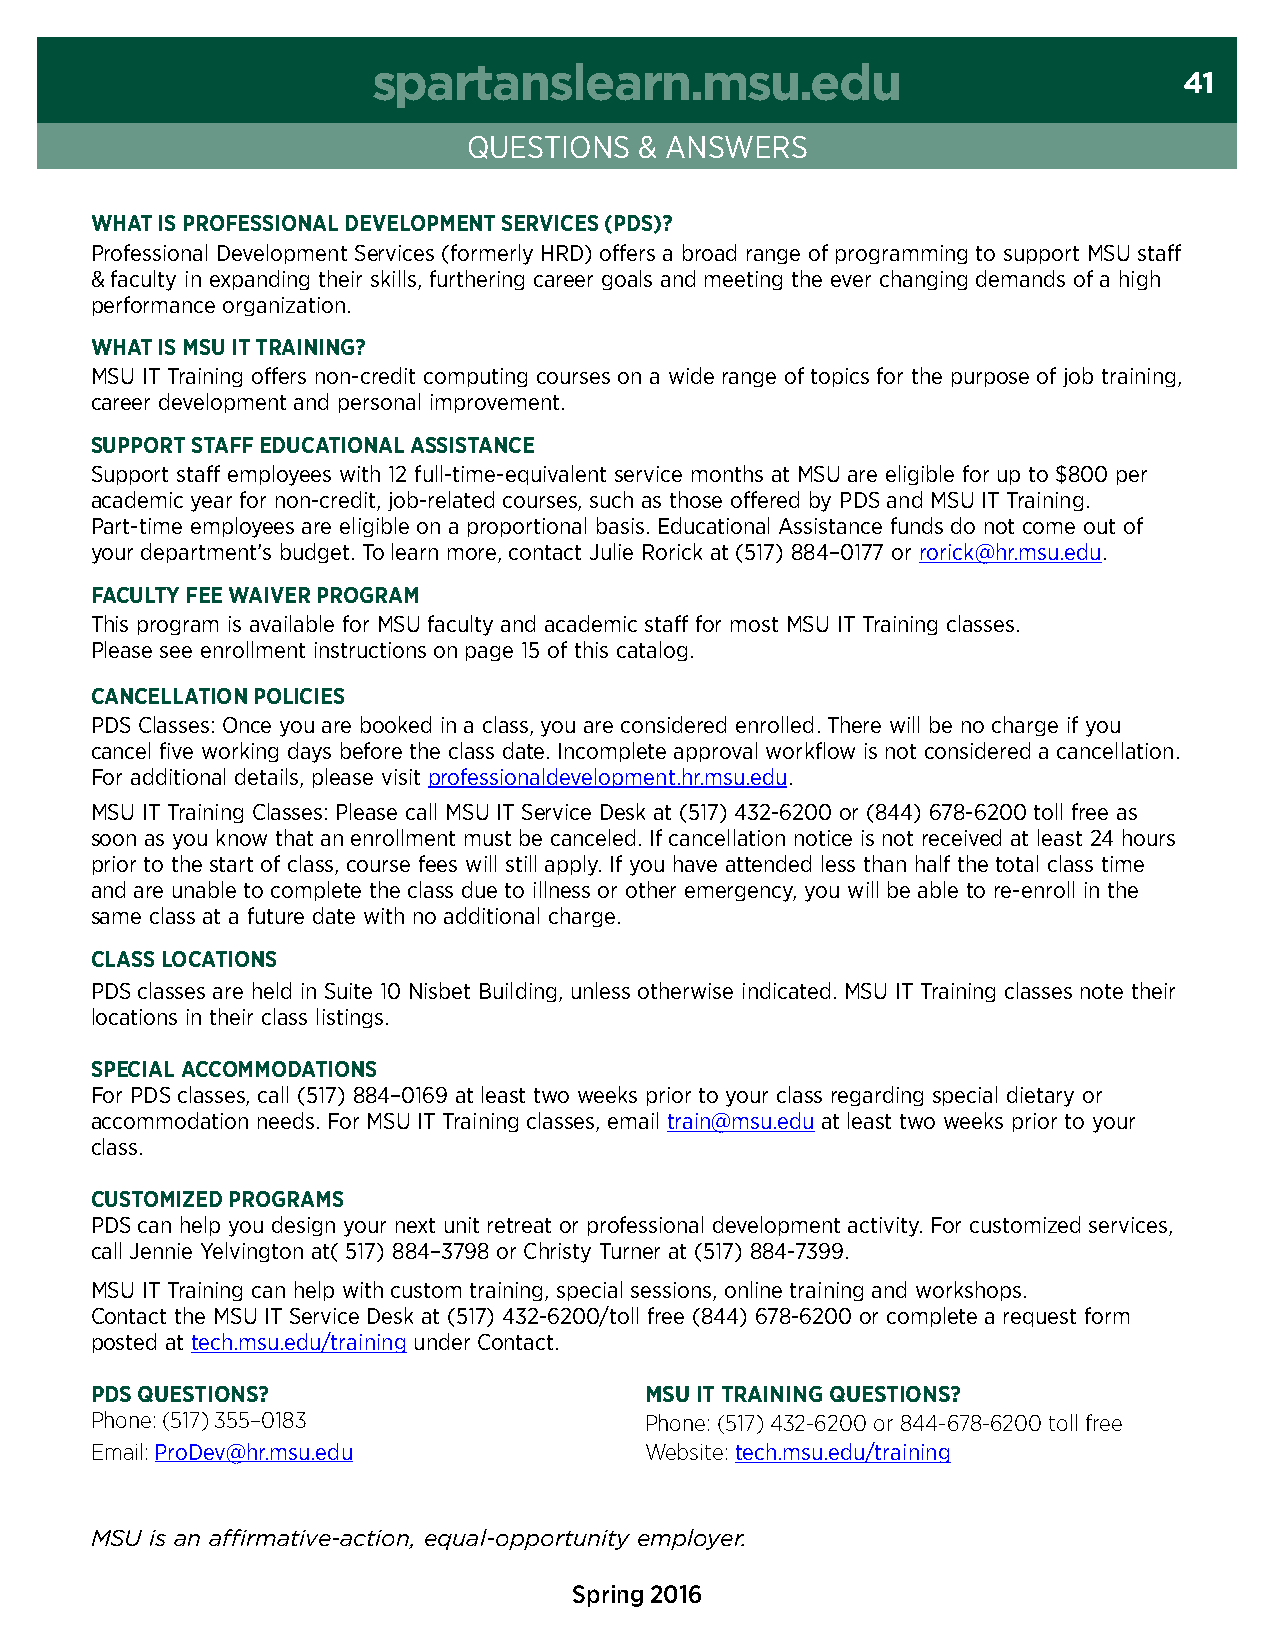
spartanslearn.msu.edu
 41
 QuestIons  & AnsWeRs
 wHat is PrOFessiOnal develOPMent services (Pds)?
 Professional Development services (formerly HRD) offers a broad range of programming to support msu staff
 & faculty in expanding their skills, furthering career goals and meeting the ever changing demands of a high
 performance organization.
 wHat is MsU it training?
 msu It training offers non-credit computing courses on a wide range of topics for the purpose of job training,
 career development and personal improvement.
 sUPPOrt staFF edUcatiOnal assistance
 support staff employees with 12 full-time-equivalent service months at msu are eligible for up to $800 per
 academic year for non-credit, job-related courses, such as those offered by PDs and msu It training.
 Part-time employees are eligible on a proportional basis. educational Assistance funds do not come out of
 your department’s budget. to learn more, contact Julie Rorick at (517) 884–0177 or rorick@hr.msu.edu.
 FacUltY Fee waiver PrOgraM
 this program is available for msu faculty and academic staff for most msu It training classes.
 Please see enrollment instructions on page 15 of this catalog.
 cancellatiOn POlicies
 PDs classes: once you are booked in a class, you are considered enrolled. there will be no charge if you
 cancel five working days before the class date. Incomplete approval workflow is not considered a cancellation.
 For additional details, please visit professionaldevelopment.hr.msu.edu.
 msu It training classes: Please call msu It service Desk at (517) 432-6200 or (844) 678-6200 toll free as
 soon as you know that an enrollment must be canceled. If cancellation notice is not received at least 24 hours
 prior to the start of class, course fees will still apply. If you have attended less than half the total class time
 and are unable to complete the class due to illness or other emergency, you will be able to re-enroll in the
 same class at a future date with no additional charge.
 class lOcatiOns
 PDs classes are held in suite 10 nisbet Building, unless otherwise indicated. msu It training classes note their
 locations in their class listings.
 sPecial accOMMOdatiOns
 For PDs classes, call (517) 884–0169 at least two weeks prior to your class regarding special dietary or
 accommodation needs. For msu It training classes, email train@msu.edu at least two weeks prior to your
 class.
 cUstOMiZed PrOgraMs
 PDs can help you design your next unit retreat or professional development activity. For customized services,
 call Jennie Yelvington at( 517) 884–3798 or christy turner at (517) 884-7399.
 msu It training can help with custom training, special sessions, online training and workshops.
 contact the msu It service Desk at (517) 432-6200/toll free (844) 678-6200 or complete a request form
 posted at tech.msu.edu/training under contact.
 Pds QUestiOns?                       MsU it training QUestiOns?
 Phone: (517) 355–0183                Phone: (517) 432-6200 or 844-678-6200 toll free
 Email: ProDev@hr.msu.edu             Website: tech.msu.edu/training
 MSU is an affirmative-action, equal-opportunity employer.
 Spring 2016